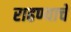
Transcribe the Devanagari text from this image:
राहण्याचें